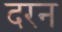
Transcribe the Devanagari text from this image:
दरन